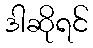
ဒါဆိုရင်